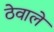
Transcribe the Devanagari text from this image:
ठेवाले